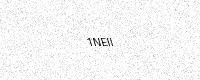
Text: 1NEII